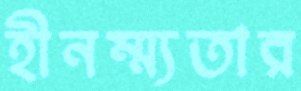
হীনম্ম্যতার